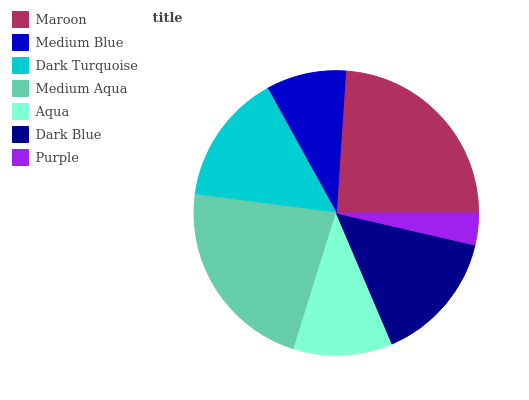
| Maroon | Medium Blue | Dark Turquoise | Medium Aqua | Aqua | Dark Blue | Purple |
 | --- | --- | --- | --- | --- | --- | --- |
 | 24% | 9.06% | 14.9% | 22.3% | 11.2% | 15% | 3.61% |